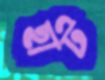
ছাট